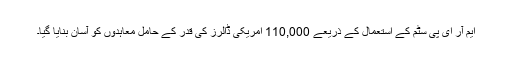
ایم آر ای پی سٹم کے استعمال کے ذریعے 110,000 امریکی ڈالرز کی قدر کے حامل معاہدوں کو آسان بنایا گیا۔